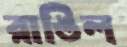
রাঙিল